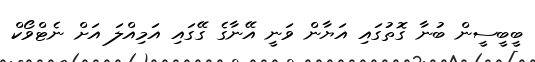
ބީބީސީން ބުނާ ގޮތުގައި އަޔާން ވަނީ އޭނާގެ ގޭގައި އަމިއްލަ އަށް ނެޓްވޯކް